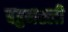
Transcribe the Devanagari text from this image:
बहुनस्ली